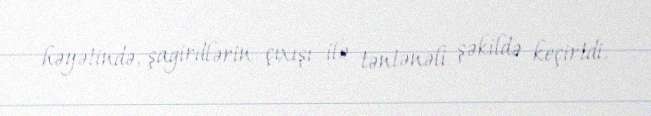
həyətində, şagirdlərin çıxışı ilə təntənəli şəkildə keçirtdi.